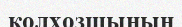
колхозшының